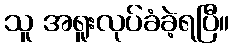
သူ အရူးလုပ်ခံခဲ့ရပြီ။